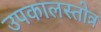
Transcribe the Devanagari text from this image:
उपकालस्तोत्र